Lunatic asylums in Bengal annual reports 1899-1911 - 1899-1911
Year: 1899
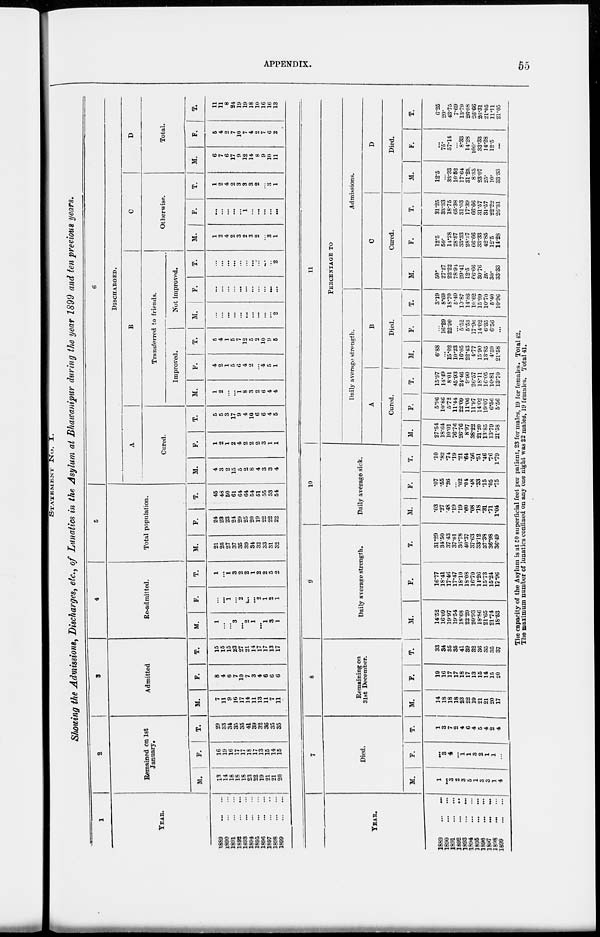
APPENDIX.
55
STATEMENT No. I.
Showing the Admissions, Discharges, etc., of Lunatics in the Asylum at Bhawanipur during the year 1899 and ten previous years.
1
YEAR.
1889 ...
...
1890
...
...
1891
...
...
1892
...
...
1893
...
...
1894
...
...
1895 ... ...
1896 ... ...
1898
...
...
1899
...
...
2
Remained on 1st
January.
M.
13
14
18
18
18
23
22
19
21
21
20
F.
16
19
16
17
17
18
17
13
15
14
15
T.
29
33
34
35
35
41
39
32
36
35
35
3
Admitted
M.
7
11
9
16
17
14
11
13
11
7
11
F.
8
4
6
7
10
7
3
4
6
6
6
T.
15
15
15
23
27
21
14
17
17
13
17
4
Re-admitted.
M.
1
...
...
3
...
2
1
...
1
3
1
F.
...
...
1
...
2
...
...
2
1
2
1
T.
1
...
1
3
2
2
1
2
2
5
2
5
Total population.
M.
21
25
27
37
35
39
34
32
33
31
32
F.
24
23
23
24
29
25
20
19
22
22
22
T.
45
48
50
61
64
64
54
51
55
53
54
6
DISCHARGED.
A
Cured.
M.
4
3
2
15
5
2
8
4
3
3
4
F.
1
2
1
2
4
2
2
2
3
1
1
T.
5
5
3
17
9
4
10
6
6
4
5
B
Transferred to friends.
Improved.
M.
1
2
...
...
1
8
3
2
6
4
4
F.
4
2
1
5
6
4
2
...
4
5
1
T.
5
4
1
5
7
12
5
2
10
9
5
Not improved.
M.
...
...
...
...
...
...
...
...
...
...
2
F.
...
...
...
...
...
...
...
...
...
...
...
T.
...
...
...
...
...
...
...
...
...
...
2
C
Otherwise.
M.
1
2
4
2
3
2
3
2
...
3
1
F.
...
...
...
...
...
1
...
...
...
...
...
T.
1
2
4
2
3
3
3
2
3
1
D
Total.
M.
6
7
6
17
9
12
14
8
9
10
11
F.
5
4
2
7
10
7
4
2
7
6
2
T.
11
11
8
24
19
19
18
10
16
16
13
YEAR.
1889 ... ...
1890 ... ...
1891 ... ...
1892 ... ...
1893 ... ...
1894 ... ...
1895 ... ...
1896 ... ...
1897 ... ...
1898 ... ...
1899
...
...
7
Died.
M.
1
...
3
2
3
5
1
3
3
1
4
F.
...
3
4
...
1
1
3
2
1
1
...
T.
1
3
7
2
4
6
4
5
4
2
4
8
Remaining on
31st December.
M.
14
18
18
18
23
22
19
21
21
20
17
F.
19
16
17
17
18
17
13
15
14
15
20
T.
33
34
35
35
41
39
32
36
35
35
37
9
Daily average strength.
M.
14.52
16.09
1997
19.54
18.68
22.29
20.93
18.86
21.65
21.74
18.53
F.
16.77
18.41
17.46
17.47
18.10
18.08
16.70
14.26
15.73
15.24
13.96
T.
31.29
34.50
37.43
37.01
36.78
40.37
37.63
33.12
37.38
36.98
36.49
10
Daily average sick.
M.
.03
.27
.48
.19
.19
.60
.08
.18
.31
.71
1.04
F.
.07
.55
.26
...
.02
.04
.48
.33
.15
.05
.75
T.
.10
.82
.74
.19
.21
.64
.56
.51
.46
.76
1.79
11
PERCENTAGE TO
Daily average strength.
A
Cured.
M.
27.54
18.64
10.01
76.76
26.76
8.97
38.22
21.20
13.85
13.79
21.58
F.
5.96
10.86
5.72
11.44
22.09
11.06
11.97
14.02
19.07
6.56
5.56
T.
15.97
14.49
8.01
45.93
24.46
9.90
26.57
18.11
16.05
10.81
13.70
B
Died.
M.
6.88
...
15.02
10.23
16.05
22.43
4.77
15.90
13.85
4.59
21.58
F.
...
16.29
22.90
...
5.52
5.53
17.96
14.02
6.35
6.56
...
T.
3.19
8.69
18.70
5.40
10.87
14.86
10.62
15.09
10.70
5.40
10.96
Admissions.
C
Cured.
M.
50.
27.27
22.22
78.94
29.41
12.5
66.66
30.76
25.
30.
33.33
F.
12.5
50.
14.28
28.57
33.33
28.57
66.66
33.33
42.85
12.5
14.28
T.
31.25
33.33
18.75
65.38
31.03
17.39
66.66
31.57
31.57
22.22
26.31
D
Died.
M.
12.5
...
33.32
10.52
17.64
31.25
8.33
23.07
25.
10.
33.33
F.
...
75.
57.14
...
8.33
14.28
100.
33.33
14.28
12.5
...
T.
6.25
20.
43.75 7.69
13.79
26.08
26.66
26.31 21.05
11.11
21.05
The capacity of the Asylum is at 50 superficial feet per patient, 23 for males, 19 for females. Total 42.
The maximum number of lunatics confined on any one night was 22 males, 19 females. Total 41.